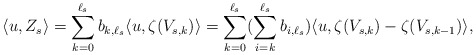
\begin{align*}\langle u , Z_s \rangle = \sum_{k = 0}^{\ell_s} b_{k,\ell_s} \langle u , \zeta(V_{s,k}) \rangle = \sum_{k = 0}^{\ell_s} (\sum_{i = k}^{\ell_s} b_{i,\ell_s})\langle u , \zeta(V_{s,k}) - \zeta(V_{s,k-1}) \rangle, \end{align*}